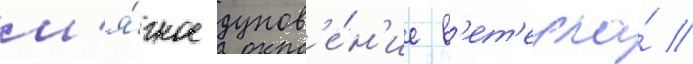
м'я́гкое дунов'е́н'ие в'ет'ерка́ //